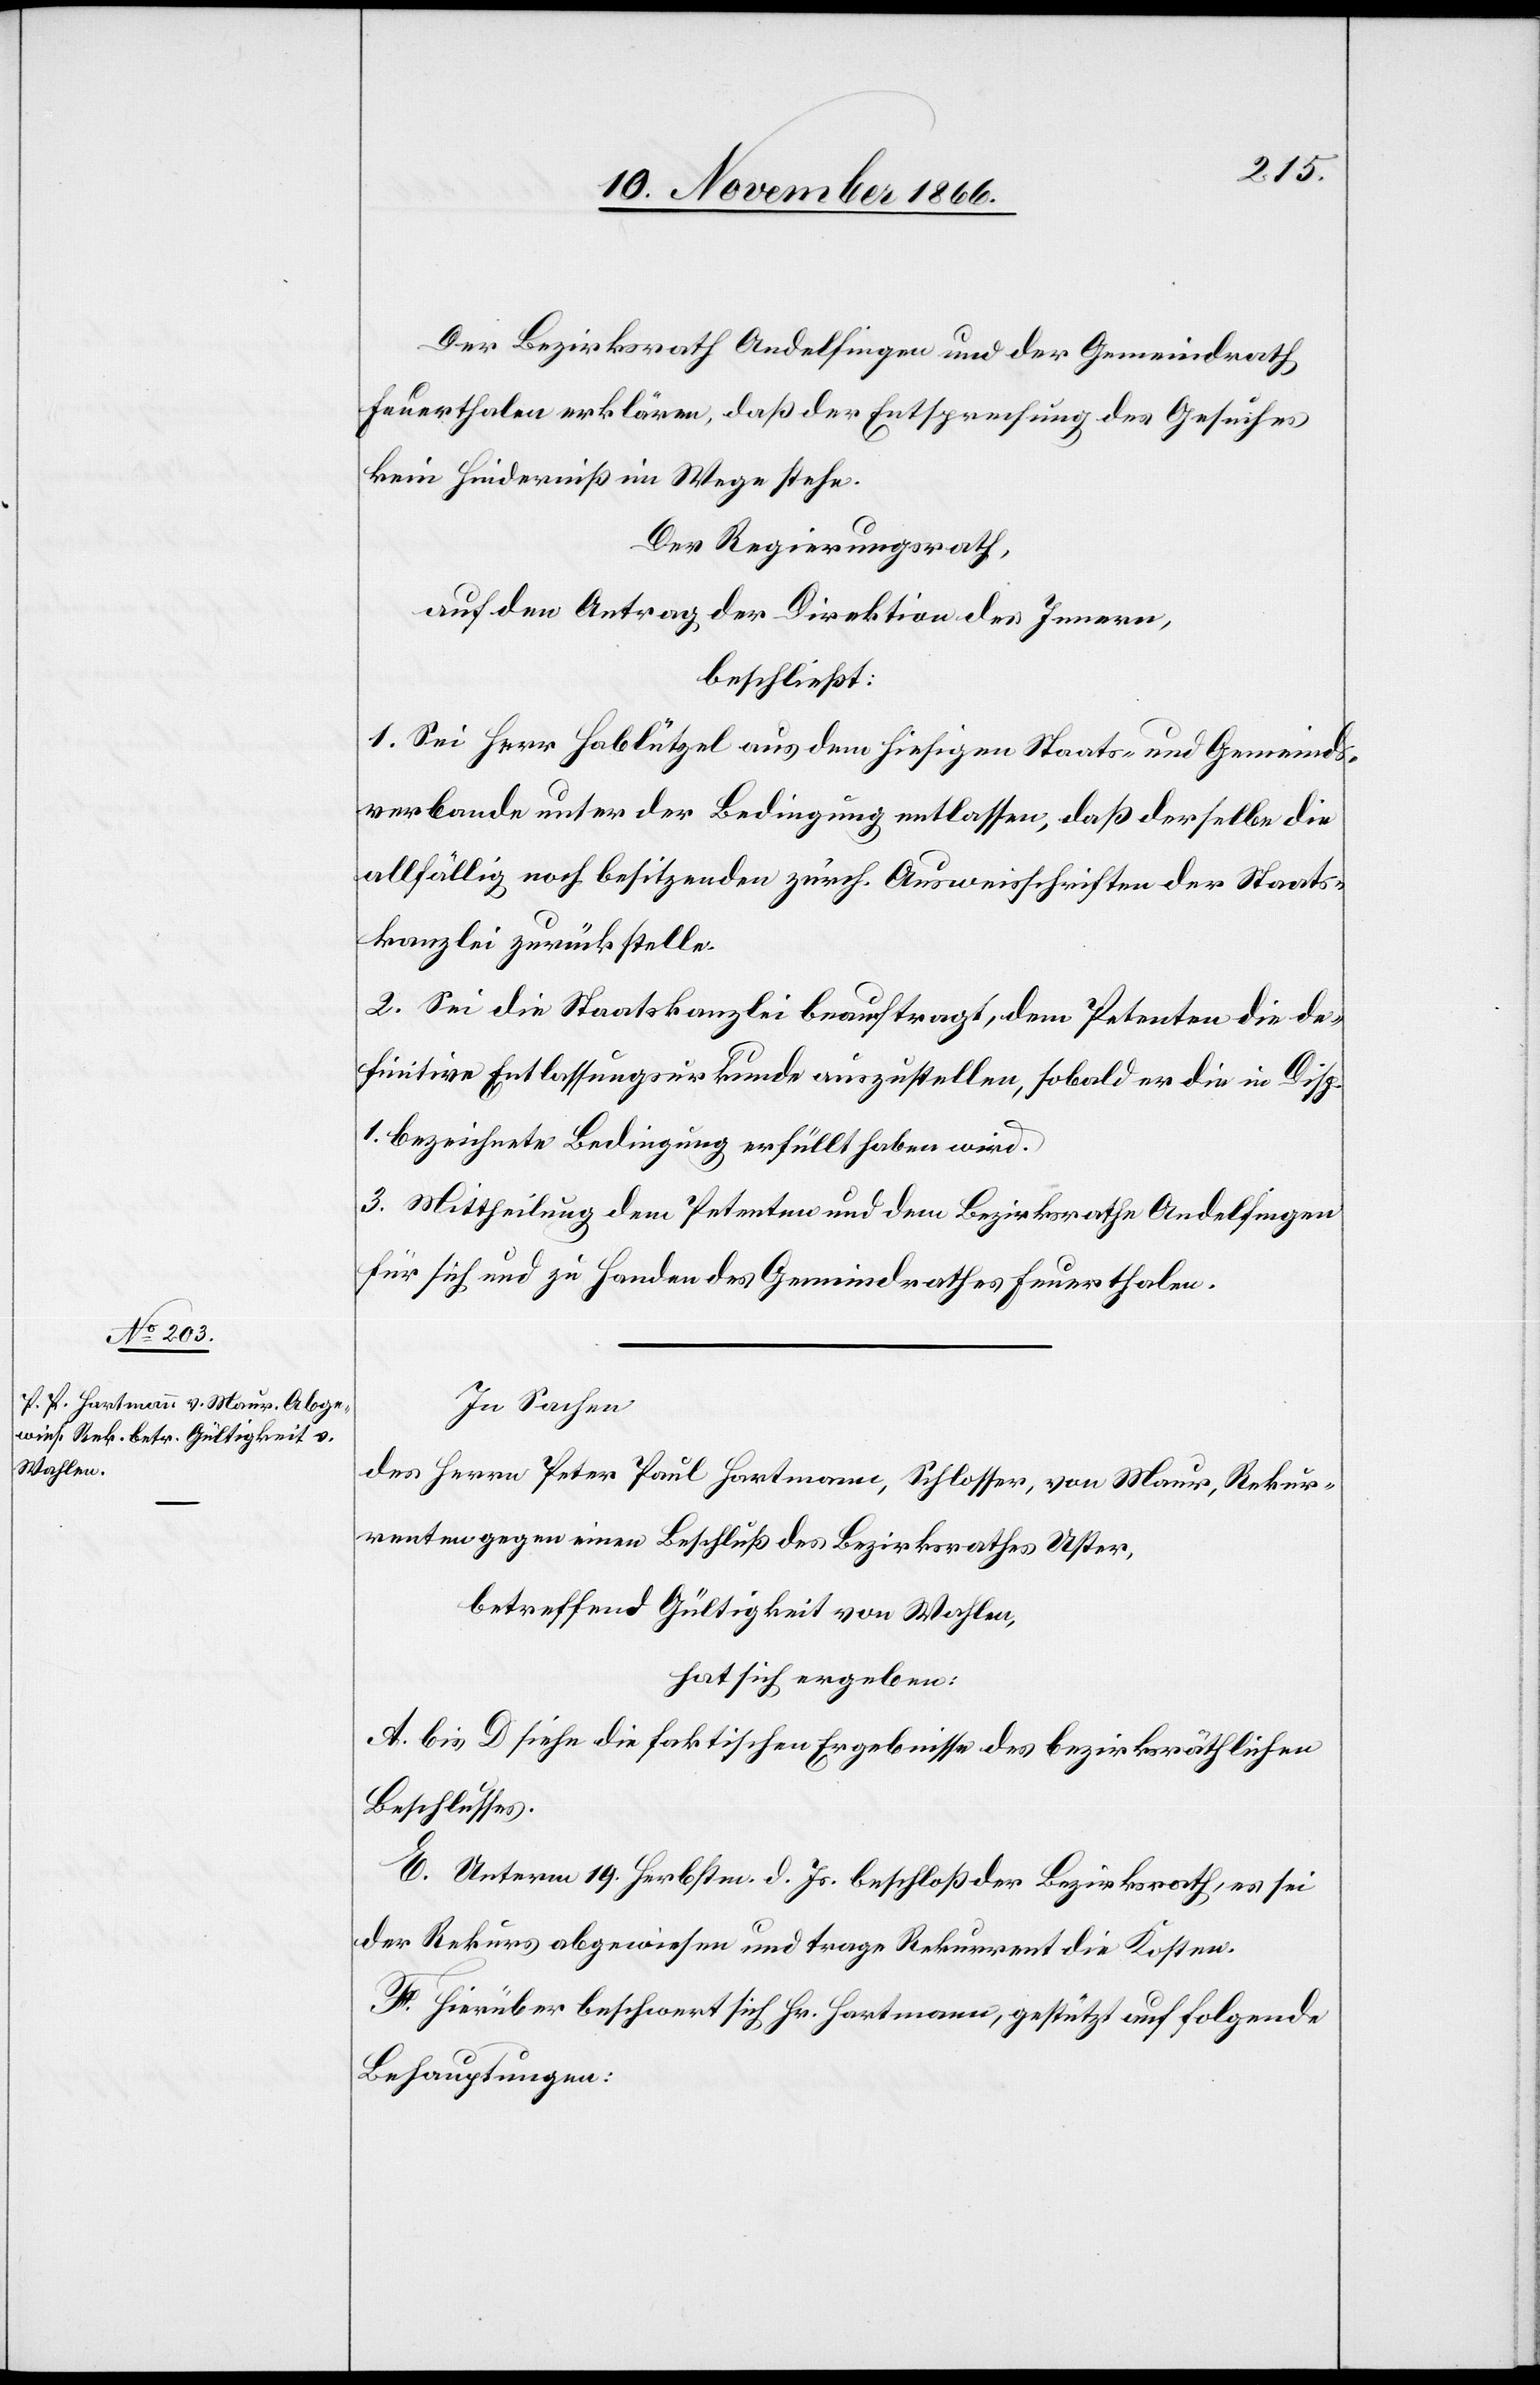
Der Bezirksrath Andelfingen und der Gemeindrath
Feuerthalen erklären, daß der Entsprechung des Gesuches
kein Hinderniß im Wege stehe.
Der Regierungsrath,
auf den Antrag der Direktion des Innern,
beschließt:
1. Sei Herr Hablützel aus dem hiesigen Staats- und Gemeinds¬
verbande unter der Bedingung entlassen, daß derselbe die
allfällig noch besitzenden zürch. Ausweisschriften der Staats¬
kanzlei zurückstelle.
2. Sei die Staatskanzlei beauftragt, dem Petenten die de¬
finitive Entlassungsurkunde auszustellen, sobald er die in Disp.
1. bezeichnete Bedingung erfüllt haben wird.
3. Mittheilung dem Petenten und dem Bezirksrathe Andelfingen
für sich und zu Handen des Gemeindrathes Feuerthalen.
In Sachen
des Herrn Peter Paul Hartmann, Schlosser, von Maur, Rekur¬
renten gegen einen Beschluß des Bezirksrathes Uster,
betreffend Gültigkeit von Wahlen,
hat sich ergeben:
A. bis D siehe die faktischen Ergebnisse des bezirksräthlichen
Beschlusses.
E. Unterm 19. Herbstm. d. Js. beschloß der Bezirksrath, es sei
der Rekurs abgewiesen und trage Rekurrent die Kosten.
F. Hierüber beschwert sich Hr. Hartmann, gestützt auf folgende
Behauptungen: